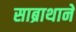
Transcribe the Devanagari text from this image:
साब्राथाने